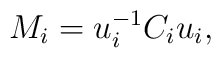
M_{i}=u_{i}^{-1}C_{i}u_{i},